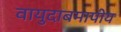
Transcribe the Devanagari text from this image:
वायुदाबमापीय